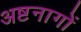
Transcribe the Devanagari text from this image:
अष्टनागों